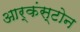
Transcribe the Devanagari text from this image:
आर्कंस्टोन